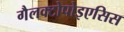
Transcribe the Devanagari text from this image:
गैलक्टोपोइएसिस